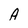
Character: A